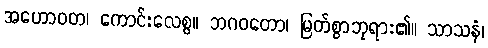
အဟောဝတ၊ ကောင်းလေစွ။ ဘဂဝတော၊ မြတ်စွာဘုရား၏။ သာသနံ၊